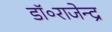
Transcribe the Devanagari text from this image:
डॉ॰राजेन्द्र